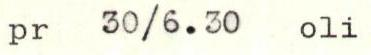
pr 30/6.30 oli